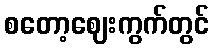
စတော့ဈေးကွက်တွင်